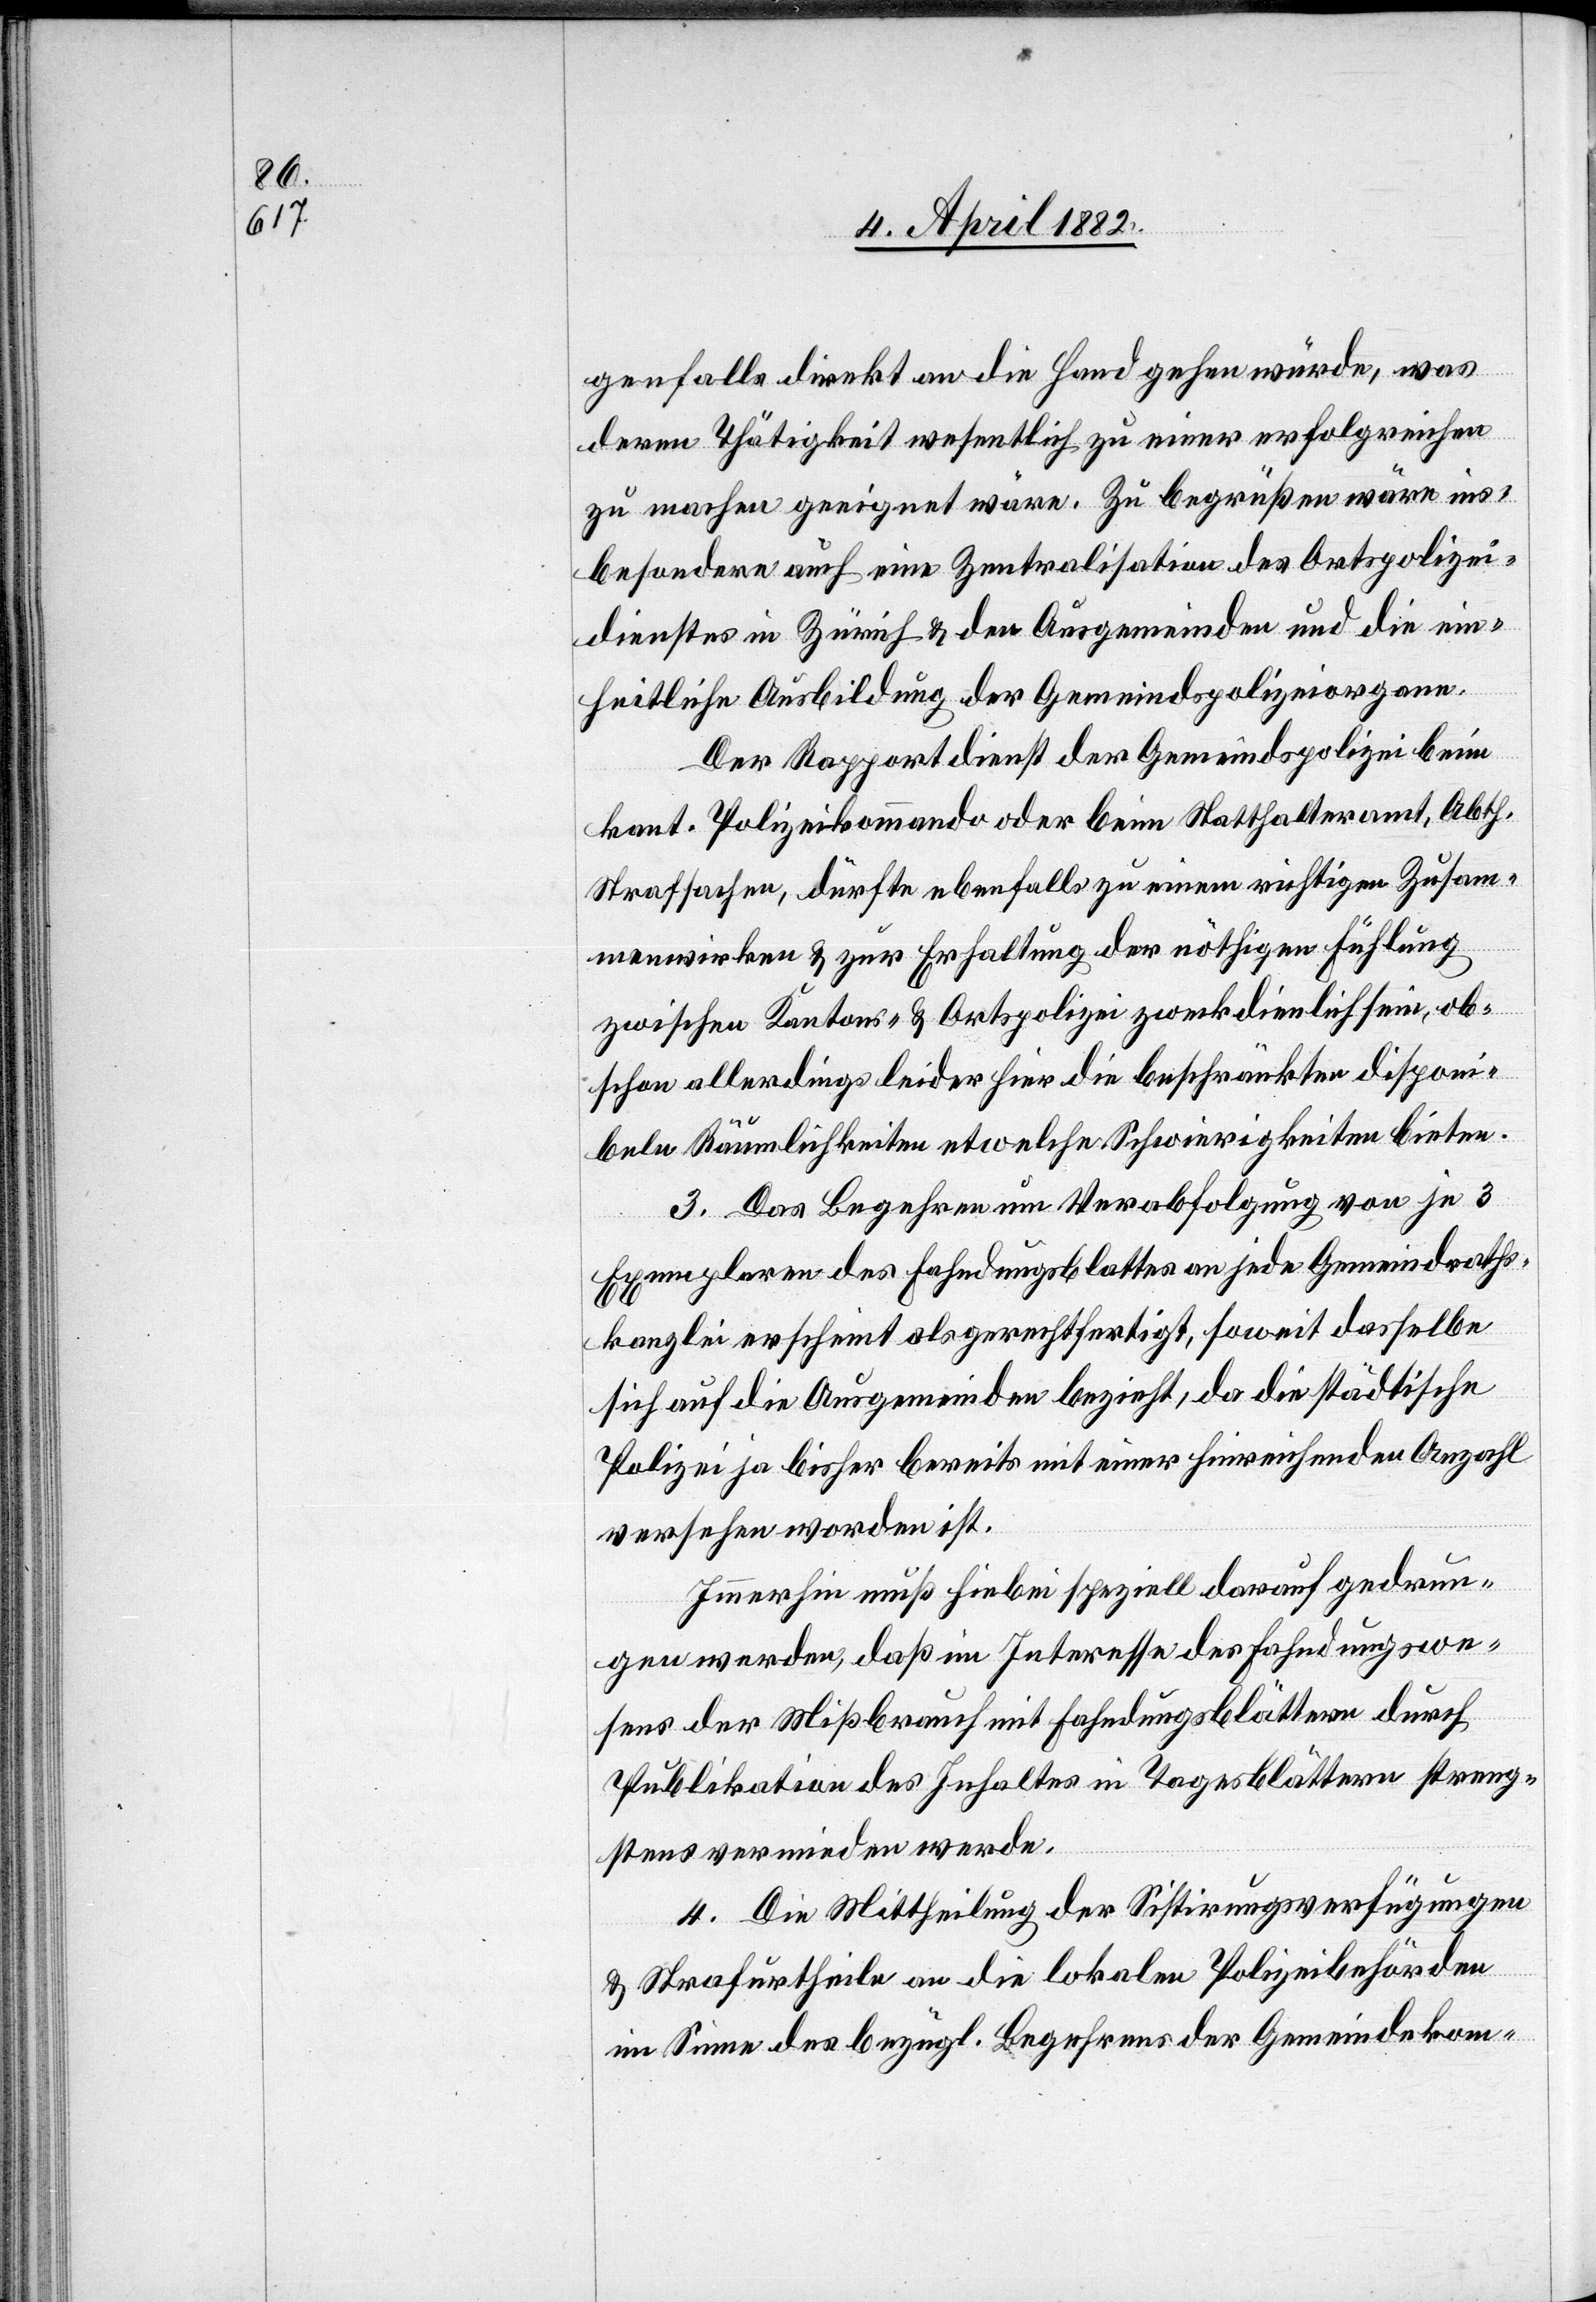
genfalls direkt an die Hand gehen würde, was
deren Thätigkeit wesentlich zu einer erfolgreichen
zu machen geeignet wäre. Zu begrüßen wäre ins¬
besondere auch eine Zentralisation des Ortspolizei¬
dienstes in Zürich & den Ausgemeinden und die ein¬
heitliche Ausbildung der Gemeindspolizeiorgane.
Der Rapportdienst der Gemeindspolizei beim
kant. Polizeikommando oder beim Statthalteramt, Abth.
Strafsachen, dürfte ebenfalls zu einem richtigen Zusam¬
menwirken & zur Erhaltung der nöthigen Fühlung
zwischen Kantons- & Ortspolizei zweckdienlich sein, ob¬
schon allerdings leider hier die beschränkten disponi¬
beln Räumlichkeiten etwelche Schwierigkeiten bieten.
3. Das Begehren um Verabfolgung von je 3
Exemplaren des Fahndungsblattes an jede Gemeindraths¬
kanzlei erscheint als gerechtfertigt, soweit dasselbe
sich auf die Ausgemeinden bezieht, da die städtische
Polizei ja bisher bereits mit einer hinreichenden Anzahl
versehen worden ist.
Immerhin muß hiebei speziell darauf gedrun¬
gen werden, daß im Interesse des Fahndungswe¬
sens der Mißbrauch mit Fahndungsblättern durch
Publikation des Inhaltes in Tagesblättern streng¬
stens vermieden werde.
4. Die Mittheilung der Sistirungsverfügungen
& Strafurtheile an die lokalen Polizeibehörden
im Sinne des bezügl. Begehrens der Gemeindekom-